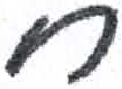
אות: ח